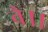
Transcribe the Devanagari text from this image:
वै।।